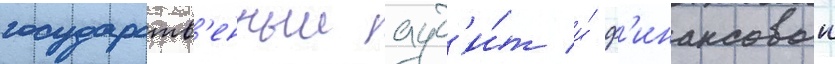
государств'енныи ауд'и́т и́ ф'инансовыи